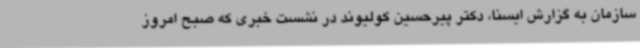
سازمان به گزارش ایسنا، دکتر پیرحسین کولیوند در نشست خبری که صبح امروز